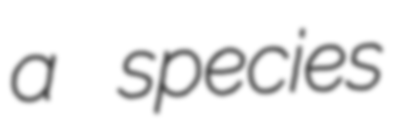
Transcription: a species